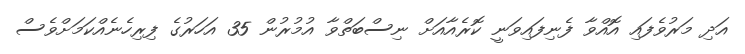
އަދި މަރުވެފައި އޮއްވާ ފެނިފައިވަނީ ކޮރެއާއަށް ނިސްބަތްވާ އުމުރުން 35 އަހަރުގެ ފިރިހެނެއްކަމަށްވެސް